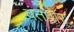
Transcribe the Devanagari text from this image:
वंतपोर